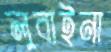
লুবাইনা